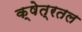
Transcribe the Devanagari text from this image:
क्षेत्रतल